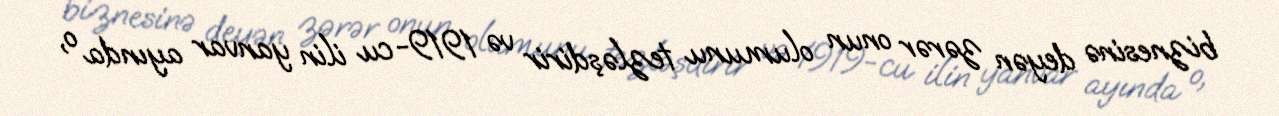
biznesinə deyən zərər onun olumunu tezləşdirir və 1919-cu ilin yanvar ayında o,